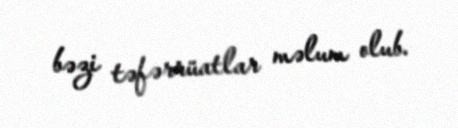
bəzi təfərrüatlar məlum olub.